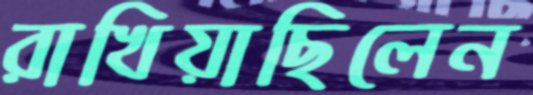
রাখিয়াছিলেন